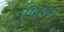
ખિજર